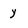
Character: y